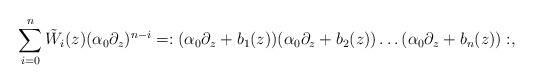
LaTeX: \begin{align*} \sum_{i=0}^n\tilde W_i(z)(\alpha_0\partial_z)^{n-i}=: (\alpha_0\partial_z+b_1(z))(\alpha_0\partial_z+b_2(z))\dots (\alpha_0\partial_z+b_n(z)):,\end{align*}